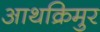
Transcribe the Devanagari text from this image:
आथक्रिमुर